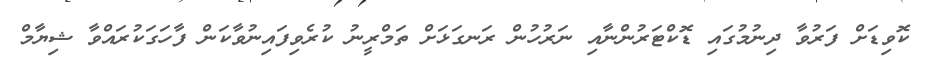
ކޮވިޑަށް ފަރުވާ ދިނުމުގައި ޑޮކްޓަރުންނާއި ނަރުހުން ރަނގަޅަށް ތަމްރީނު ކުރެވިފައިނުވާކަން ފާހަގަކުރައްވާ ޝިޔާމް